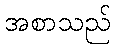
အစာသည်